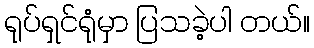
ရုပ်ရှင်ရုံမှာ ပြသခဲ့ပါ တယ်။